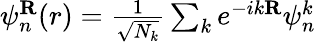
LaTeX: \begin{array}{r}{\psi_{n}^{\mathbf R}(r)=\frac{1}{\sqrt{N_{k}}}\sum_{k}e^{-ik{\mathbf R}}\psi_{n}^{k}}\end{array}